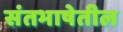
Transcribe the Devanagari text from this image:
संतभाषेतील